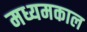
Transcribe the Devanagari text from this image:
मध्यमकाल